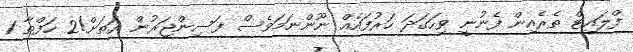
ފްލައިޓް ތެރެއިން ފެނުނީ ވިހަގަދަ ހަރުފައެއް ނޫންނަމަވެސް ފަސިންޖަރުން ރަތަށް!2 ހަފްތާ 1